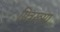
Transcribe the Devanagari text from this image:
मित्ररूपा